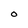
Character: o